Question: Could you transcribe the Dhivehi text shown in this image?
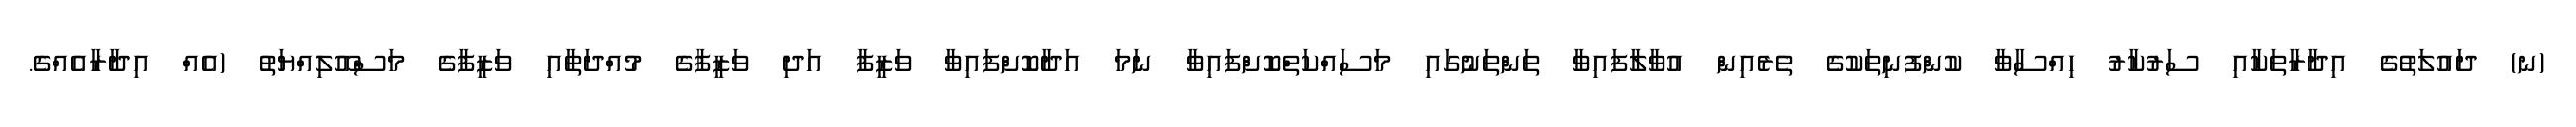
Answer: (ނ) ދައުލަތުގެ އިދާރާތަކާއި ސަރުކާރު ހިއްސާވާ ކުންފުނިތަކުގެ ތެރެއިން އުވާލާފައިވާ ތަންތަނުގައި މަސައްކަތްކޮށްފައިވާ ނަމަ އަދާކޮށްފައިވާ ވަޒީފާ އަދި ވަޒީފާގެ މުއްދަތާއި ވަޒީފާގެ މަސްއޫލިއްޔަތު (އެއް އިދާރާއެއްގެ.